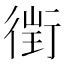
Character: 𧗲